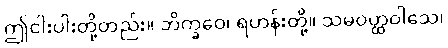
ဤငါးပါးတို့တည်း။ ဘိက္ခဝေ၊ ရဟန်းတို့။ သမဝတ္ထဝါသေ၊